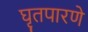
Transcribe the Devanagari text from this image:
घृतपारणे